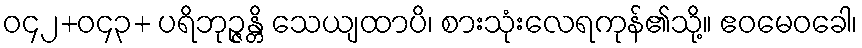
ဝ၄၂+ဝ၄၃+ ပရိဘုဉ္ဇန္တိ သေယျထာပိ၊ စားသုံးလေရကုန်၏သို့။ ဧဝမေဝခေါ၊